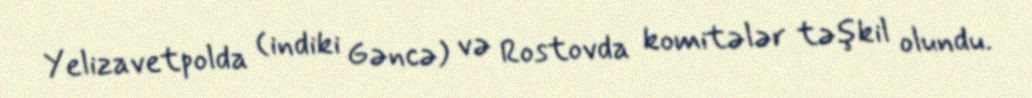
Yelizavetpolda (indiki Gəncə) və Rostovda komitələr təşkil olundu.